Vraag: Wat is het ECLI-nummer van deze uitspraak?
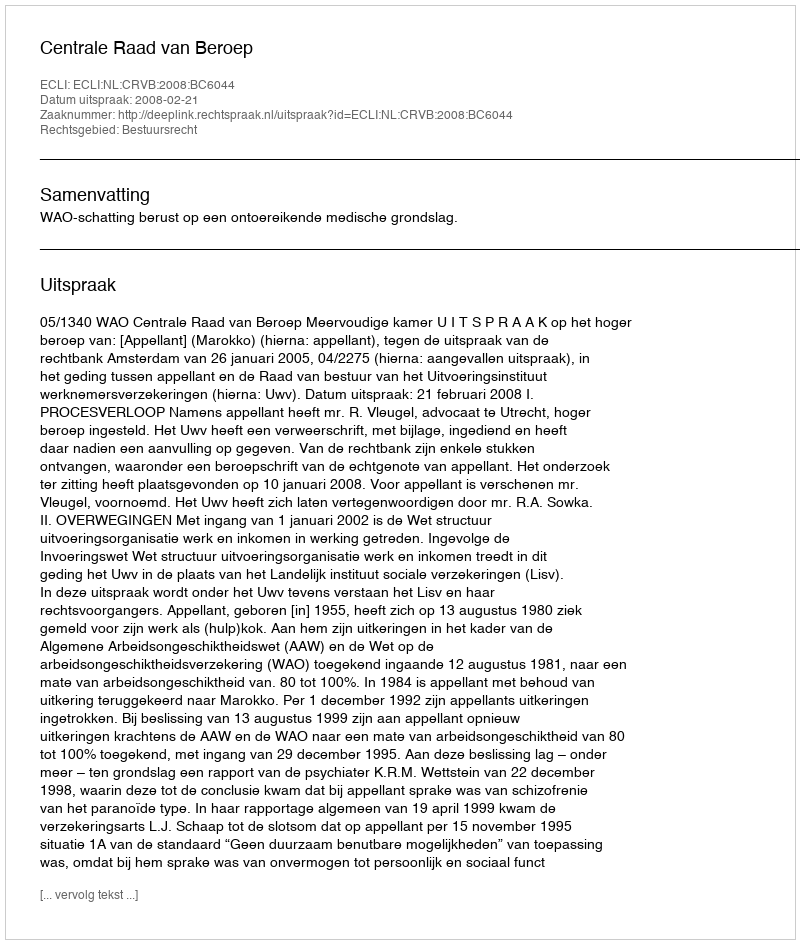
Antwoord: ECLI:NL:CRVB:2008:BC6044